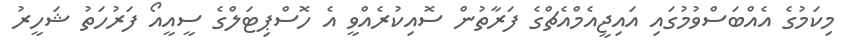
މިކަމުގެ އެއްބަސްވުމުގައި އައިޖީއެމްއެޗްގެ ފަރާތުން ސޮއިކުރެއްވީ އެ ހޮސްޕިޓަލްގެ ސީއީއޯ ފަރުހަތު ޝަހީރު